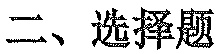
二、选择题